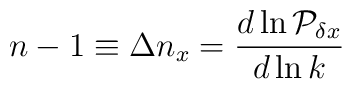
n-1 \equiv \Delta n_x =  {d\ln{\cal P}_{\delta x} \over d\ln k}